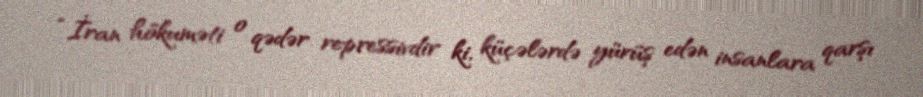
“İran hökuməti o qədər repressivdir ki, küçələrdə yürüş edən insanlara qarşı